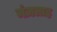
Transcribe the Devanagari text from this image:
मंज़लाह